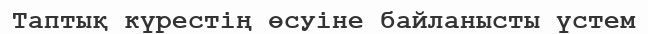
Таптық күрестің өсуіне байланысты үстем